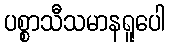
ပစ္စာသီသမာနရူပေါ